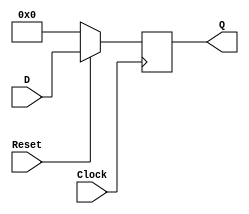
// case 6: Hold the current value of the Register, i.e., the Register value does not change 
module register(Reset,D,Clock,Q); //Q= out regist
	input Reset;
	input [7:0]D;
	input Clock;
	output reg [7:0]Q;
	always @(posedge Clock)
	begin
		if (Reset == 1'b0)
			Q <= 0;
		else
			Q <= D;
	end
endmodule